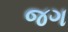
જગ